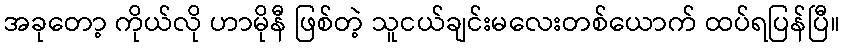
အခုတော့ ကိုယ်လို ဟာမိုနီ ဖြစ်တဲ့ သူငယ်ချင်းမလေးတစ်ယောက် ထပ်ရပြန်ပြီ။